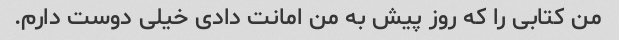
من کتابی را که روز پیش به من امانت دادی خیلی دوست دارم.